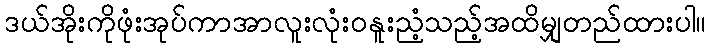
ဒယ်အိုးကိုဖုံးအုပ်ကာအာလူးလုံးဝနူးညံ့သည့်အထိမျှတည်ထားပါ။